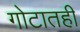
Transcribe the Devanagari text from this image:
गोटातही